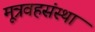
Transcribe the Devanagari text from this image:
मूत्रवहसंस्था